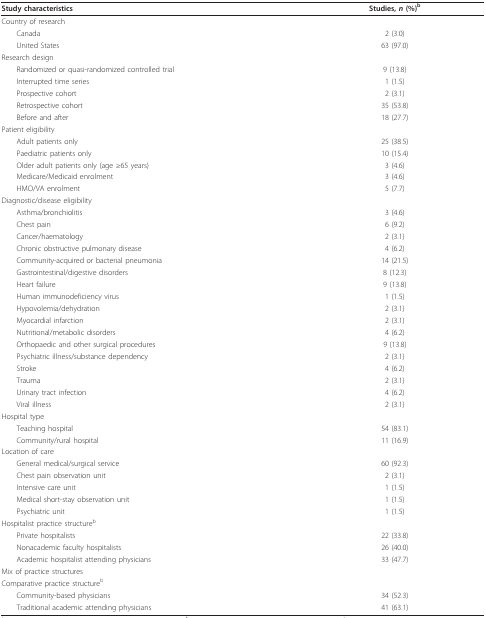
| Study characteristics | Studies, n (%)b |
 | --- | --- |
 | Country of research |  |
 | Canada | 2 (3.0) |
 | United States | 63 (97.0) |
 | Research design |  |
 | Randomized or quasi-randomized controlled trial | 9 (13.8) |
 | Interrupted time series | 1 (1.5) |
 | Prospective cohort | 2 (3.1) |
 | Retrospective cohort | 35 (53.8) |
 | Before and after | 18 (27.7) |
 | Patient eligibility |  |
 | Adult patients only | 25 (38.5) |
 | Paediatric patients only | 10 (15.4) |
 | Older adult patients only (age ≥65 years) | 3 (4.6) |
 | Medicare/Medicaid enrolment | 3 (4.6) |
 | HMO/VA enrolment | 5 (7.7) |
 | Diagnostic/disease eligibility |  |
 | Asthma/bronchiolitis | 3 (4.6) |
 | Chest pain | 6 (9.2) |
 | Cancer/haematology | 2 (3.1) |
 | Chronic obstructive pulmonary disease | 4 (6.2) |
 | Community-acquired or bacterial pneumonia | 14 (21.5) |
 | Gastrointestinal/digestive disorders | 8 (12.3) |
 | Heart failure | 9 (13.8) |
 | Human immunodeficiency virus | 1 (1.5) |
 | Hypovolemia/dehydration | 2 (3.1) |
 | Myocardial infarction | 2 (3.1) |
 | Nutritional/metabolic disorders | 4 (6.2) |
 | Orthopaedic and other surgical procedures | 9 (13.8) |
 | Psychiatric illness/substance dependency | 2 (3.1) |
 | Stroke | 4 (6.2) |
 | Trauma | 2 (3.1) |
 | Urinary tract infection | 4 (6.2) |
 | Viral illness | 2 (3.1) |
 | Hospital type |  |
 | Teaching hospital | 54 (83.1) |
 | Community/rural hospital | 11 (16.9) |
 | Location of care |  |
 | General medical/surgical service | 60 (92.3) |
 | Chest pain observation unit | 2 (3.1) |
 | Intensive care unit | 1 (1.5) |
 | Medical short-stay observation unit | 1 (1.5) |
 | Psychiatric unit | 1 (1.5) |
 | Hospitalist practice structureb |  |
 | Private hospitalists | 22 (33.8) |
 | Nonacademic faculty hospitalists | 26 (40.0) |
 | Academic hospitalist attending physicians | 33 (47.7) |
 | Mix of practice structures |  |
 | Comparative practice structureb |  |
 | Community-based physicians | 34 (52.3) |
 | Traditional academic attending physicians | 41 (63.1) |